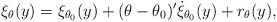
LaTeX: \begin{align*} \xi_{\theta}(y)=\xi_{\theta_0}(y)+(\theta-\theta_0)^\prime\dot{\xi}_{\theta_0}(y)+r_{\theta}(y),\end{align*}